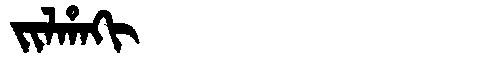
Manchu: ᠵᡳᠯᡥᠠᡴᡳ
Romanization: JILHAKI